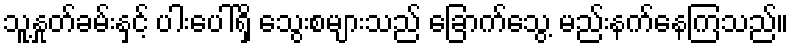
သူ့နှုတ်ခမ်းနှင့် ပါးပေါ်ရှိ သွေးစများသည် ခြောက်သွေ့ မည်းနက်နေကြသည်။